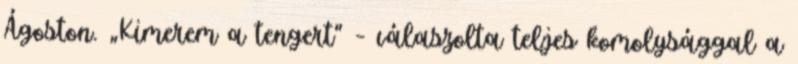
Ágoston. „Kimerem a tengert” – válaszolta teljes komolysággal a